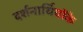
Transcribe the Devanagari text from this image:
दर्शनार्थियोंके